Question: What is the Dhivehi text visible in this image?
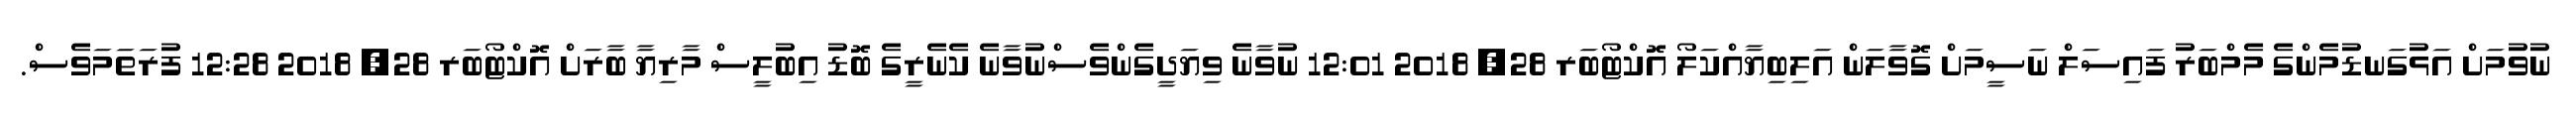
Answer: ނުވުމަށް އަޅުގަނޑުމެންގެ މެމްބަރު ފައިސަލް ނަސީމަށް ގޮވާލަން އަލިބިޔާއްކަލޯ އޮކްޓޯބަރ 28, 2018 12:01 ނުވާނެ ވިޔަދީގެންވެސްނުވާނެ ކެނެރީގެ ބޮޑު އިބުލީސް މާރިޔާ ބާރަށް އޮކްޓޯބަރ 28, 2018 12:28 ފުރަތަމަވެސް.